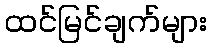
ထင်မြင်ချက်များ